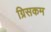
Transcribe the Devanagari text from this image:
ग्रिसकम